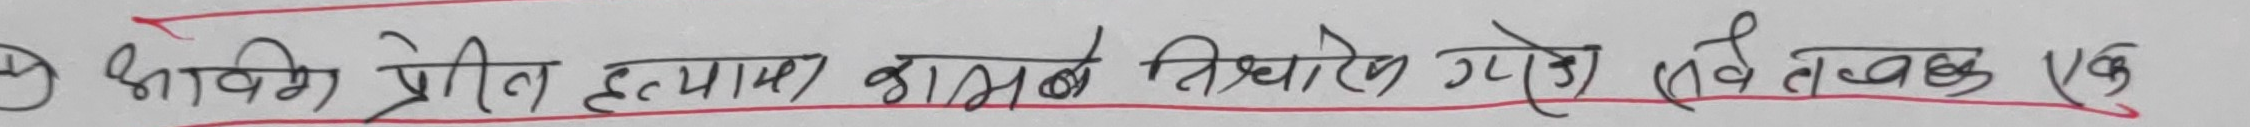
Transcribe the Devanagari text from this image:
को भावि प्रेरित हत्यामा वासन सिद्धान्तको मेरो एवं तत्ववद्ध एक